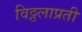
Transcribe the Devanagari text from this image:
विठ्ठलाप्रती